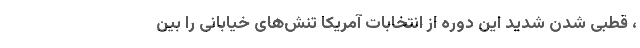
، قطبی شدن شدید این دوره از انتخابات آمریکا تنش‌های خیابانی را بین